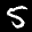
Label: 5